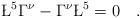
LaTeX: \begin{align*}\L^5\Gamma^\nu - \Gamma^\nu \L^5 = 0 \quad.\end{align*}